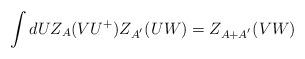
LaTeX: \begin{align*}\int dU Z_A (V U^+)Z_{A^{'}} (U W) = Z_{A + A^{'}} (V W)\end{align*}